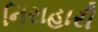
નિરાહારી